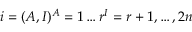
i = ( A , I ) \sp A = 1 \ldots r \sp I = r + 1 , \ldots , 2 n